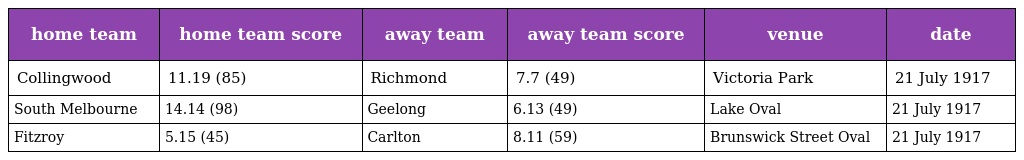
| home team | home team score | away team | away team score | venue | date |
 | --- | --- | --- | --- | --- | --- |
 | Collingwood | 11.19 (85) | Richmond | 7.7 (49) | Victoria Park | 21 July 1917 |
 | South Melbourne | 14.14 (98) | Geelong | 6.13 (49) | Lake Oval | 21 July 1917 |
 | Fitzroy | 5.15 (45) | Carlton | 8.11 (59) | Brunswick Street Oval | 21 July 1917 |